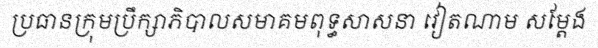
ប្រធានក្រុមប្រឹក្សាភិបាលសមាគមពុទ្ធសាសនា វៀតណាម សម្តែង